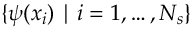
\{ \psi ( x _ { i } ) \mid i = 1 , \ldots , N _ { s } \}